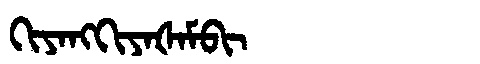
Manchu: ᡴᡳᠶᠠᠩᡴᡳᠶᠠᡧᠠᠮᠪᡳ
Romanization: KIYANGKIYAŠAMBI